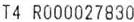
T4 R000027830